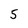
Character: 5